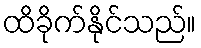
ထိခိုက်နိုင်သည်။